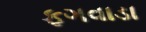
ફગવાડા